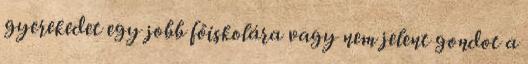
gyerekedet egy jobb főiskolára vagy nem jelent gondot a